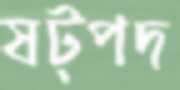
ষট্‌পদ